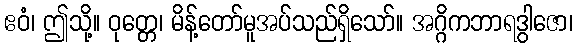
ဧဝံ၊ ဤသို့။ ဝုတ္တေ၊ မိန့်တော်မူအပ်သည်ရှိသော်။ အဂ္ဂိကဘာရဒွါဇော၊